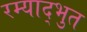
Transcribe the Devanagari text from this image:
रम्याद्भुत